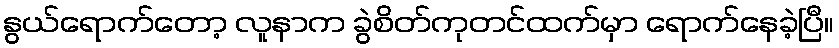
နွယ်ရောက်တော့ လူနာက ခွဲစိတ်ကုတင်ထက်မှာ ရောက်နေခဲ့ပြီ။